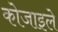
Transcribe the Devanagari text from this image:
कोजाइले